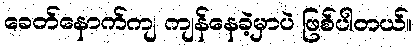
ခေတ်နောက်ကျ ကျန်နေခဲ့မှာပဲ ဖြစ်ပါတယ်။